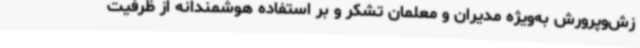
زش‌وپرورش به‌ویژه مدیران و معلمان تشکر و بر استفاده هوشمندانه از ظرفیت